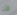
الآن